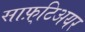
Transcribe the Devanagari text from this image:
साफ़्टिअयर